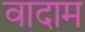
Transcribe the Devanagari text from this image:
वादाम